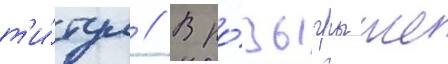
т'и́тул // В ро́зыгрыше